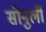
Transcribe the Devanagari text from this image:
सोनुर्ली